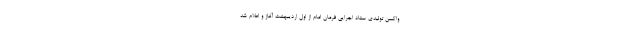
واکسن تولیدی ستاد اجرایی فرمان امام از اول اردیبهشت آغاز و اعلام شد